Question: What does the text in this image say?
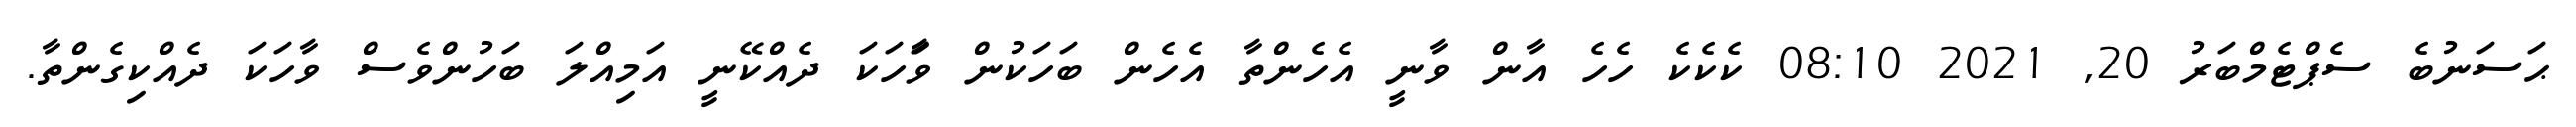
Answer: ޙަސަނުބެ ސެޕްޓެމްބަރު 20, 2021 08:10 ކެކެކެ ހެހެ އާން ވާނީ އެހެންތާ އެހެން ބަހަކުން ވަާހަކަ ދެއްކޭނީ އަމިއްލަ ބަހުންވެސް ވާހަކަ ދެއްކިގެންތާ.